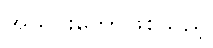
အသင်းတော်ဖြစ်သည့်